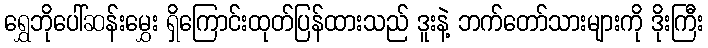
ရွှေဘိုပေါ်ဆန်းမွှေး ရှိကြောင်းထုတ်ပြန်ထားသည် ဒူးနဲ့ ဘက်တော်သားများကို ဒိုးကြီး